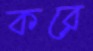
করে